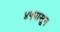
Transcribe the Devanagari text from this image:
४५पासून